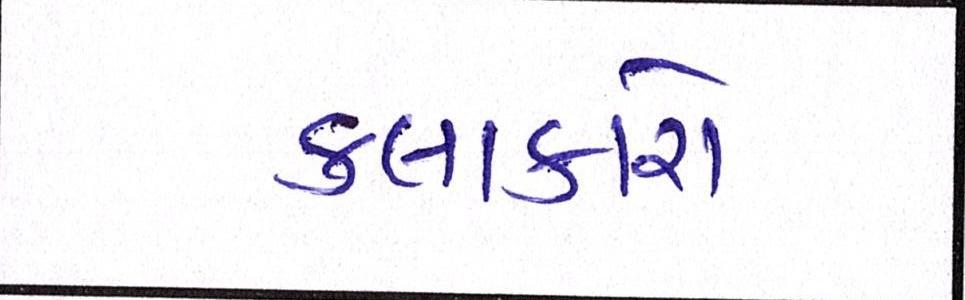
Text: કલાકારો